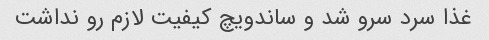
غذا سرد سرو شد و ساندویچ کیفیت لازم رو نداشت